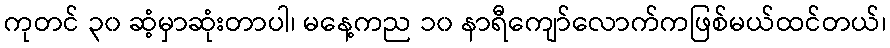
ကုတင် ၃၀ ဆံ့မှာဆုံးတာပါ၊ မနေ့ကည ၁၀ နာရီကျော်လောက်ကဖြစ်မယ်ထင်တယ်၊